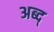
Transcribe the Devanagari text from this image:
अब्द्